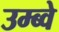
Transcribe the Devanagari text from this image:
उम्ब्वे